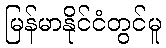
မြန်မာနိုင်ငံတွင်မူ